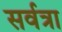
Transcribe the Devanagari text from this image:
सर्वत्रा